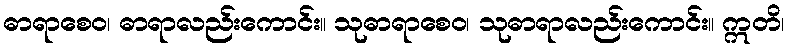
ဓာရာစေဝ၊ ဓာရာလည်းကောင်း။ သုဓာရာစေဝ၊ သုဓာရာလည်းကောင်း။ ဣတိ၊